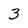
Character: 3